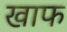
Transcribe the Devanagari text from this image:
खाफ